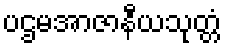
ပဌမအာဇာနီယသုတ္တံ